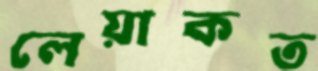
লেয়াকত